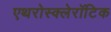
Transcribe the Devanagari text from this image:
एथरोस्क्लेरॉटिक